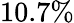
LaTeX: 10.7\%